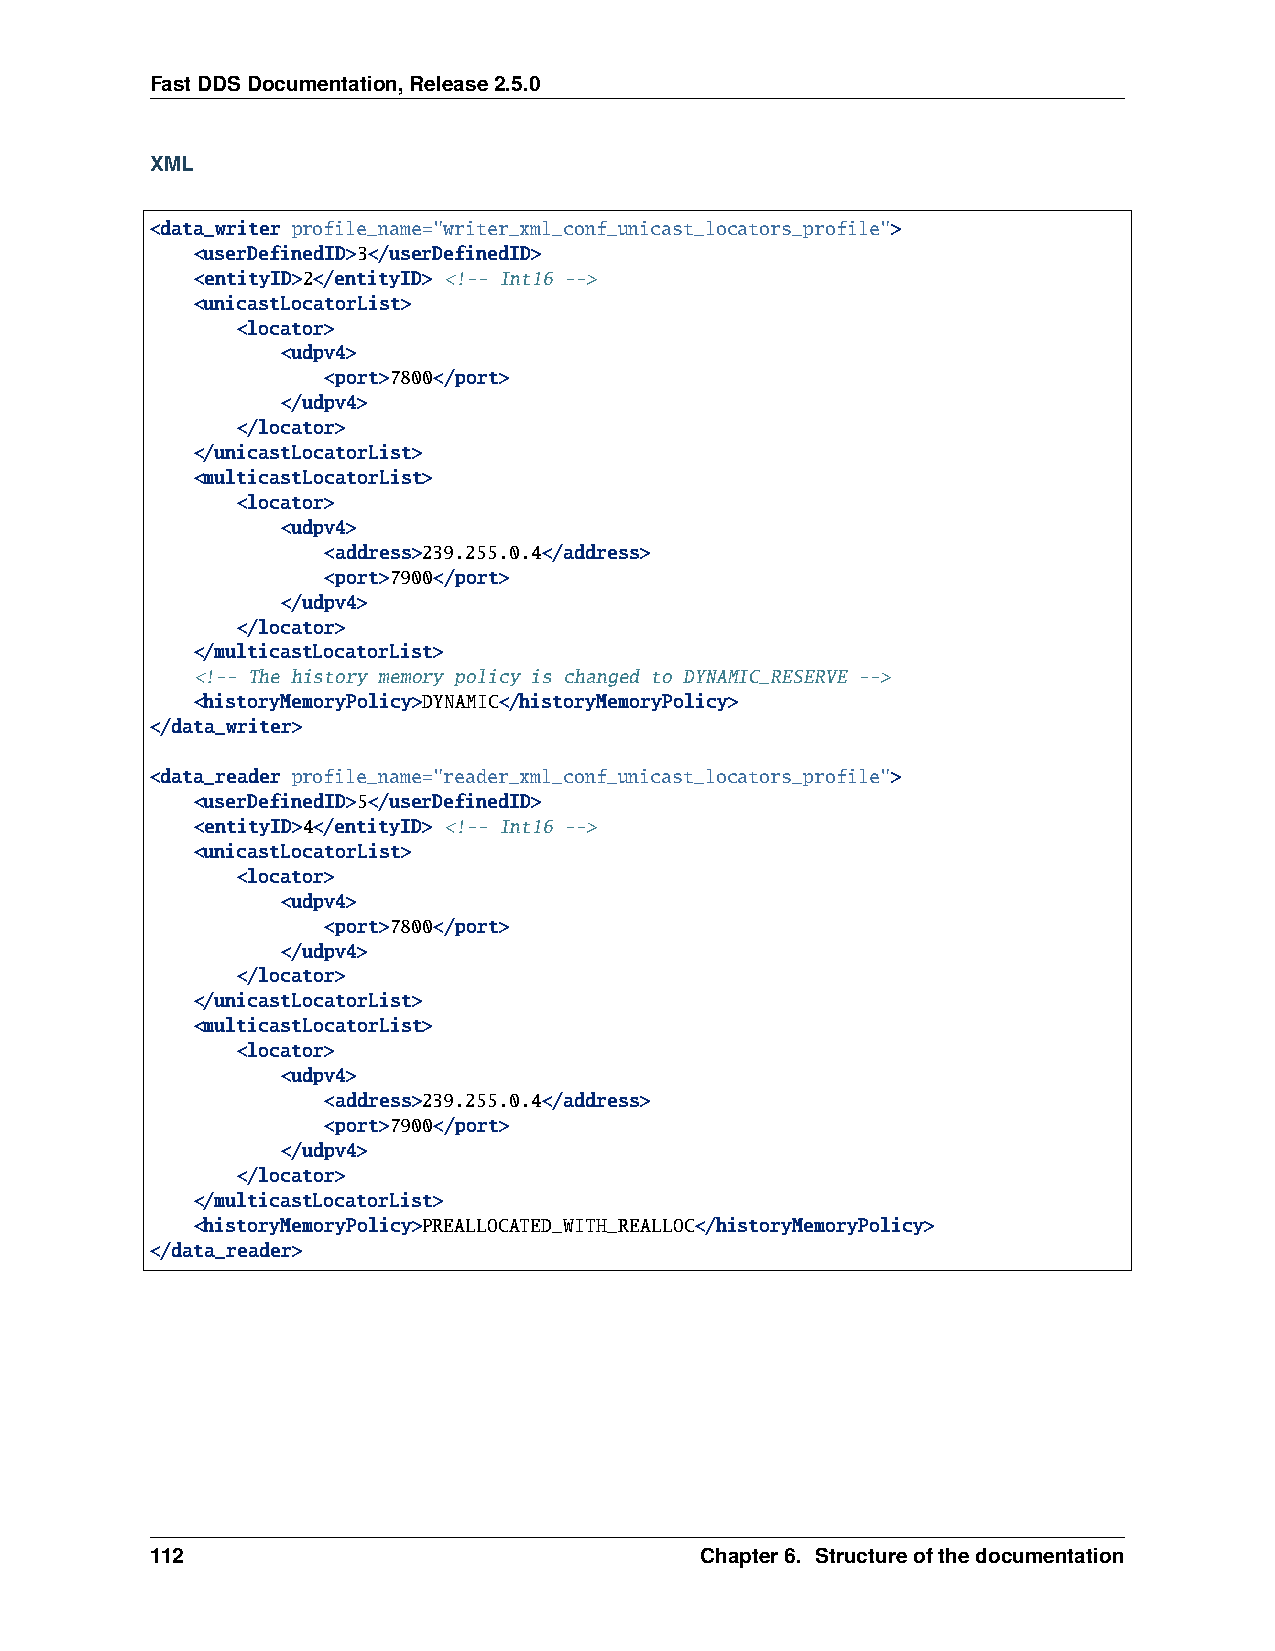
FastDDSDocumentation,Release2.5.0
 XML
 <data_writer profile_name="writer_xml_conf_unicast_locators_profile">
 <userDefinedID>3</userDefinedID>
 <entityID>2</entityID> <!-- Int16 -->
 <unicastLocatorList>
 <locator>
 <udpv4>
 <port>7800</port>
 </udpv4>
 </locator>
 </unicastLocatorList>
 <multicastLocatorList>
 <locator>
 <udpv4>
 <address>239.255.0.4</address>
 <port>7900</port>
 </udpv4>
 </locator>
 </multicastLocatorList>
 <!-- The history memory policy is changed to DYNAMIC_RESERVE -->
 <historyMemoryPolicy>DYNAMIC</historyMemoryPolicy>
 </data_writer>
 <data_reader profile_name="reader_xml_conf_unicast_locators_profile">
 <userDefinedID>5</userDefinedID>
 <entityID>4</entityID> <!-- Int16 -->
 <unicastLocatorList>
 <locator>
 <udpv4>
 <port>7800</port>
 </udpv4>
 </locator>
 </unicastLocatorList>
 <multicastLocatorList>
 <locator>
 <udpv4>
 <address>239.255.0.4</address>
 <port>7900</port>
 </udpv4>
 </locator>
 </multicastLocatorList>
 <historyMemoryPolicy>PREALLOCATED_WITH_REALLOC</historyMemoryPolicy>
 </data_reader>
 112                                 Chapter6. Structureofthedocumentation